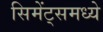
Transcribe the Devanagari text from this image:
सिमेंट्समध्ये